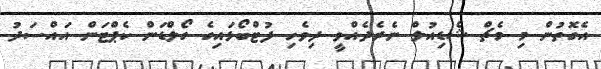
އެގޮތުން މި މެޗް ޝެޑިއުލް ނެރެދެއްވީ ދިވެހި ފުޓްބޯޅައިގެ ގޯލްޑަން ކެޕްޓަން އައްސަދު